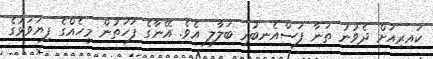
ކައިރިއަށް ދެވުނު ތަނާ ފަސްއެނބުރި ބަލާލި އެވެ. އޭނާގެ ފަހަތުން މީހެއްގެ ފިޔަވަޅުގެ